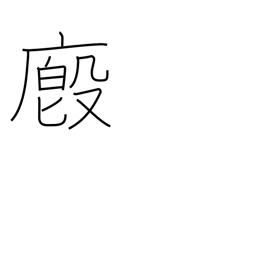
Meaning: stable